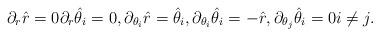
LaTeX: \begin{align*}\partial_{r} \hat{r} = 0& \partial_{r} \hat{\theta}_i = 0, \partial_{\theta_i}\hat{r} = \hat{\theta}_i , \partial_{\theta_i}\hat{\theta}_i = -\hat{r}, \partial_{\theta_j}\hat{\theta}_i =0i \neq j.\end{align*}